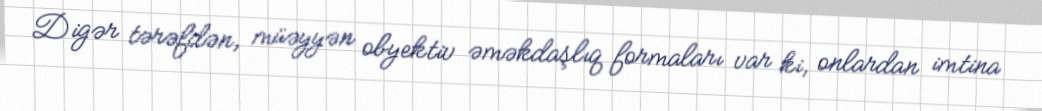
Digər tərəfdən, müəyyən obyektiv əməkdaşlıq formaları var ki, onlardan imtina